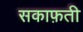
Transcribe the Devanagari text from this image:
सकाफ़ती